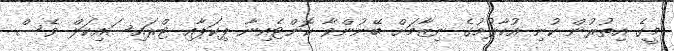
މީގެ އިތުރުން ކުނި އުކާލުމުގެ ނިޒާމަށް ބޭނުންވާ ކޮންޓެއިނާ ޕިކަޕާއި ޓްރައިސައިކަލް ވެސް